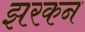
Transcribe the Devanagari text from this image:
झरकन